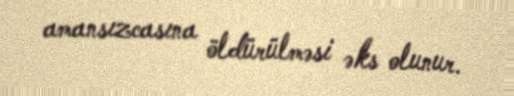
amansızcasına öldürülməsi əks olunur.